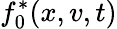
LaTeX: f_{0}^{*}(x,v,t)